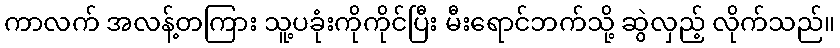
ကာလက် အလန့်တကြား သူ့ပခုံးကိုကိုင်ပြီး မီးရောင်ဘက်သို့ ဆွဲလှည့် လိုက်သည်။